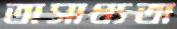
অসাধ্যতা